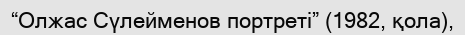
“Олжас Сүлейменов портреті” (1982, қола),